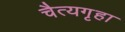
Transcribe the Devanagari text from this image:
चैत्यगृहा